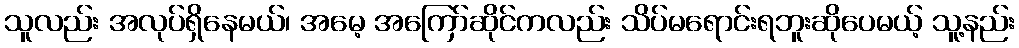
သူလည်း အလုပ်ရှိနေမယ်၊ အမေ့ အကြော်ဆိုင်ကလည်း သိပ်မရောင်းရဘူးဆိုပေမယ့် သူ့နည်း